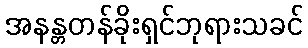
အနန္တတန်ခိုးရှင်ဘုရားသခင်